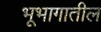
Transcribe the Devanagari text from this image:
भूभागातील